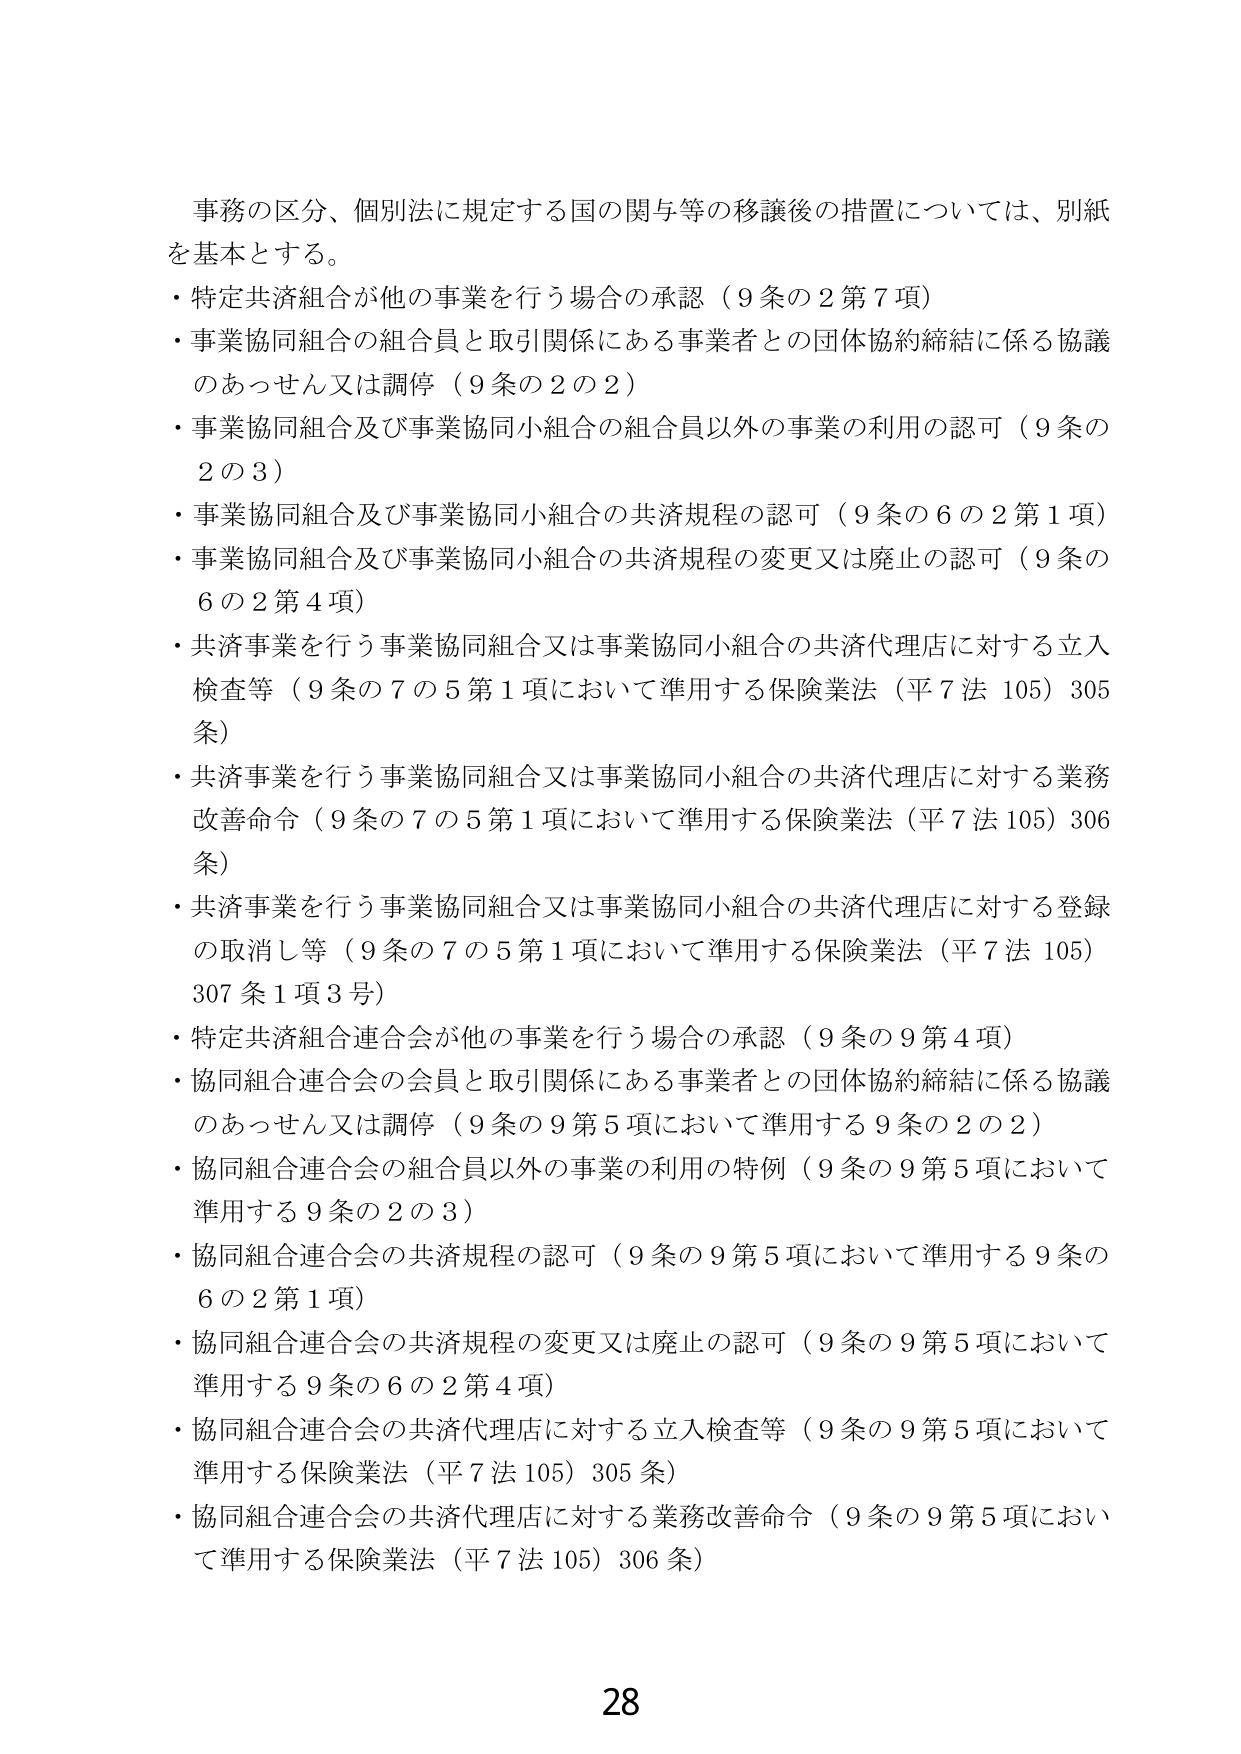
事務の区分、個別法に規定する国の関与等の移譲後の措置については、別紙を基本とする。

・特定共済組合が他の事業を行う場合の承認（9条の2第7項）
・事業協同組合の組合員と取引関係にある事業者との団体協約締結に係る協議のあっせん又は調停（9条の2の2）
・事業協同組合及び事業協同小組合の組合員以外の事業の利用の認可（9条の2の3）
・事業協同組合及び事業協同小組合の共済規程の認可（9条の6の2第1項）
・事業協同組合及び事業協同小組合の共済規程の変更又は廃止の認可（9条の6の2第4項）
・共済事業を行う事業協同組合又は事業協同小組合の共済代理店に対する立入検査等（9条の7の5第1項において準用する保険業法（平7法105）305条）
・共済事業を行う事業協同組合又は事業協同小組合の共済代理店に対する業務改善命令（9条の7の5第1項において準用する保険業法（平7法105）306条）
・共済事業を行う事業協同組合又は事業協同小組合の共済代理店に対する登録の取消し等（9条の7の5第1項において準用する保険業法（平7法105）307条1項3号）
・特定共済組合連合会が他の事業を行う場合の承認（9条の9第4項）
・協同組合連合会の会員と取引関係にある事業者との団体協約締結に係る協議のあっせん又は調停（9条の9第5項において準用する9条の2の2）
・協同組合連合会の組合員以外の事業の利用の特例（9条の9第5項において準用する9条の2の3）
・協同組合連合会の共済規程の認可（9条の9第5項において準用する9条の6の2第1項）
・協同組合連合会の共済規程の変更又は廃止の認可（9条の9第5項において準用する9条の6の2第4項）
・協同組合連合会の共済代理店に対する立入検査等（9条の9第5項において準用する保険業法（平7法105）305条）
・協同組合連合会の共済代理店に対する業務改善命令（9条の9第5項において準用する保険業法（平7法105）306条）

28